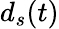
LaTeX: d_{s}(t)